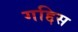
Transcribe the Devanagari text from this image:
गद्दिस